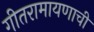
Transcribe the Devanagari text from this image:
गीतरामायणाची